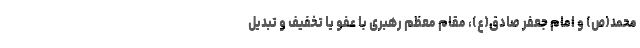
محمد(ص) و امام جعفر صادق(ع)، مقام معظم رهبری با عفو یا تخفیف و تبدیل